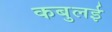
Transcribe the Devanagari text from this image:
कबुलई